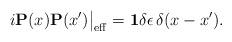
LaTeX: \begin{align*}i{\bf P}(x){\bf P}(x')\big|_{\rm eff}={\bf 1}\delta\epsilon\,\delta(x-x').\end{align*}